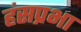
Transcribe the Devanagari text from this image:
हंसप्रभा